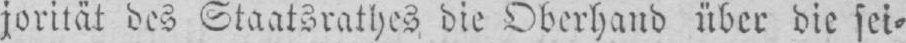
jorität des Staatsrathes die Oberhand über die sei⸗